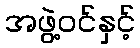
အဖွဲ့ဝင်နှင့်